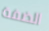
الضفة